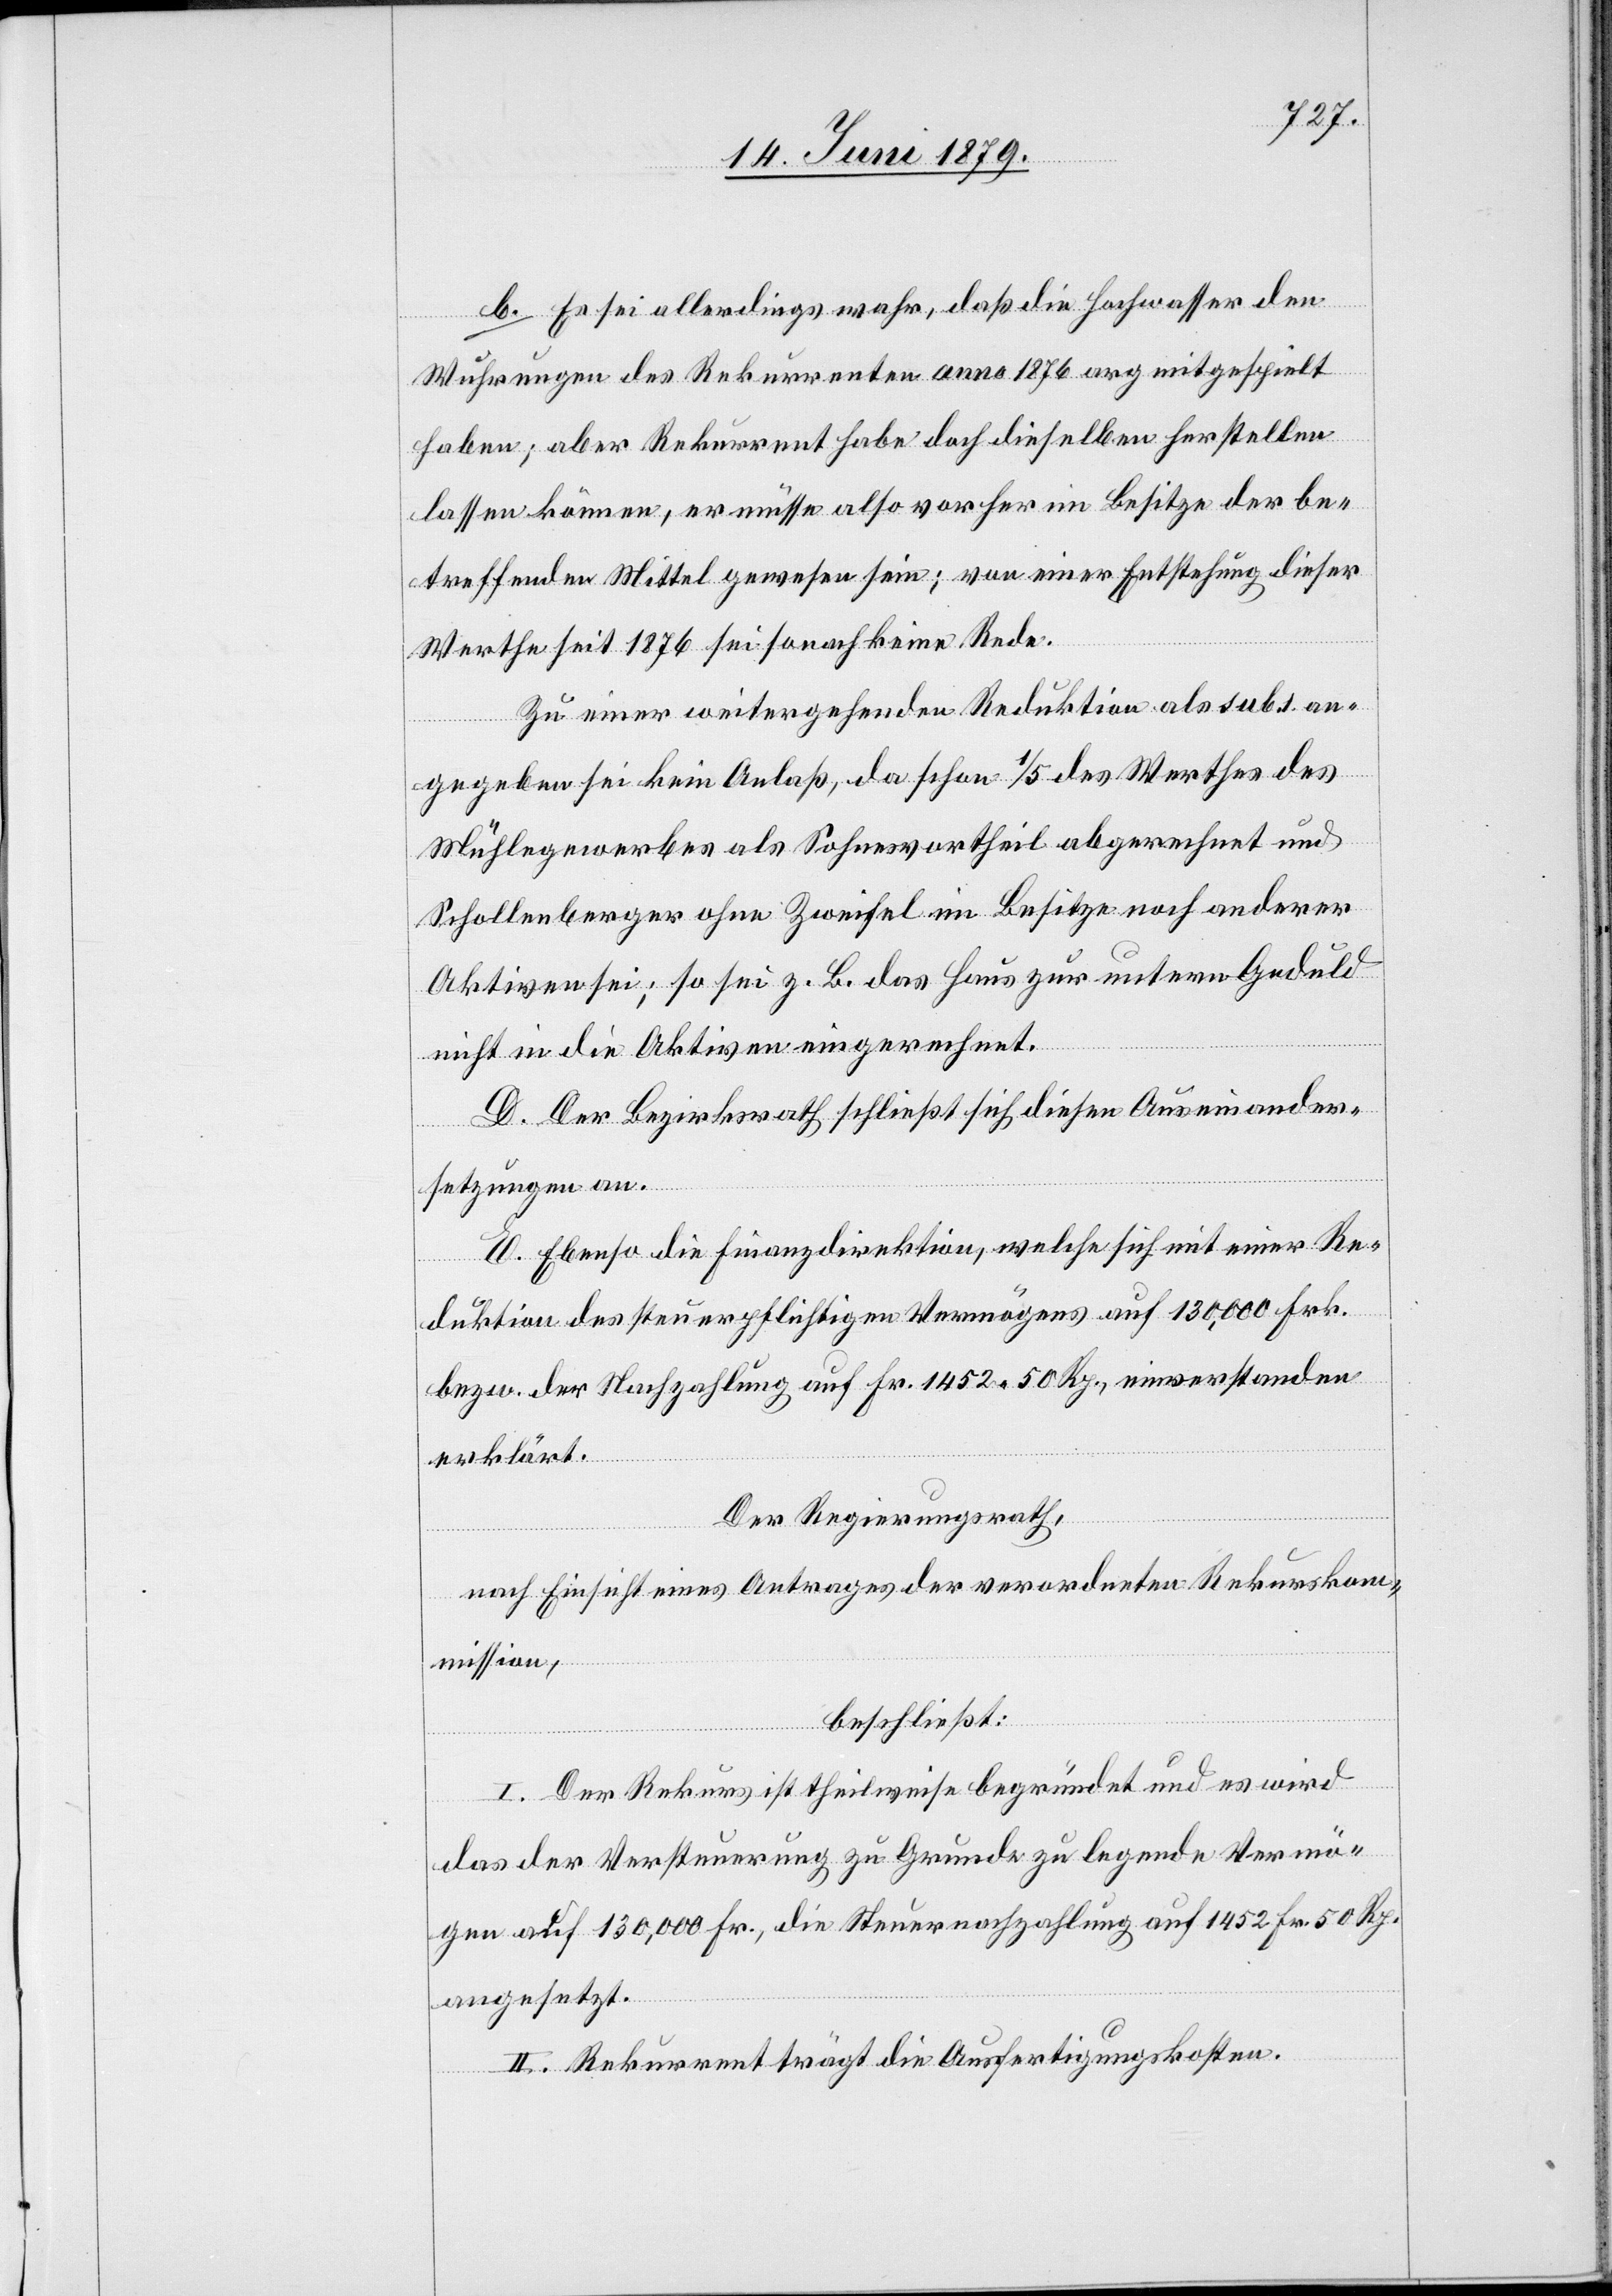
b. Es sei allerdings wahr, daß die Hochwasser den
Wuhrungen des Rekurrenten anno 1876 arg mitgespielt
haben; aber Rekurrent habe doch dieselben herstellen
lassen können, er müsse also vorher im Besitze der be¬
treffenden Mittel gewesen sein; von einer Entstehung dieser
Werthe seit 1876 sei sonach keine Rede.
Zu einer weitergehenden Reduktion als sub. 1 an¬
gegeben sei kein Anlaß, da schon 1/5 des Werthes des
Mühlegewerbes als Sohnesvortheil abgerechnet und
Schollenberger ohne Zweifel im Besitze noch anderer
Aktiven sei; so sei z. B. das Haus zur untern Geduld
nicht in die Aktiven eingerechnet.
D. Der Bezirksrath schließt sich diesen Auseinander¬
setzungen an.
E. Ebenso die Finanzdirektion, welche sich mit einer Re¬
duktion des steuerpflichtigen Vermögens auf 130,000 Frk.
bezw. der Nachzahlung auf Fr. 1452 50 Rp., einverstanden
erklärt.
Der Regierungsrath,
nach Einsicht eines Antrages der verordneten Rekurskom¬
mission,
beschließt:
I. Der Rekurs ist theilweise begründet und es wird
das der Versteuerung zu Grunde zu legende Vermö¬
gen auf 130,000 Fr., die Steuernachzahlung auf 1452 Fr. 50 Rp.
angesetzt.
II. Rekurrent trägt die Ausfertigungskosten.